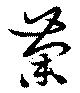
荼